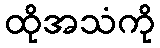
ထိုအသံကို